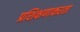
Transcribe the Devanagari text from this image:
प्रशिक्षणाकरता